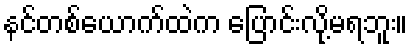
နင်တစ်ယောက်ထဲက ပြောင်းလို့မရဘူး။